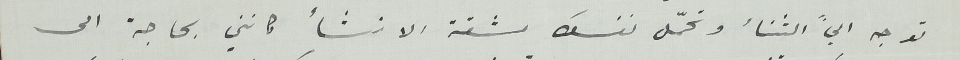
توجه اليَّ الثنأ وتحمل نفسك مشقة الانشأ كانني بحاجة الى